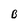
Character: B